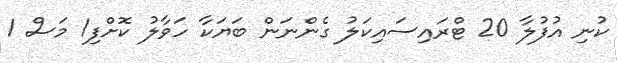
ކުނި އުފުލާ 20 ޓްރައިސައިކަލު ގެންނަން ބަޔަކާ ހަވާލު ކޮށްފި1 މަސް 1